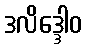
ဒလိဒ္ဒေါဝ